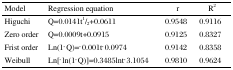
<table><thead><tr><td><b>Model</b></td><td><b>Regression equation</b></td><td><b>r</b></td><td><b>R<sup>2</sup></b></td></tr></thead><tbody><tr><td>Higuchi</td><td>Q=0.0141t1⁄2+0.0611</td><td>0.9548</td><td>0.9116</td></tr><tr><td>Zero order</td><td>Q=0.0009t+0.0915</td><td>0.9125</td><td>0.8327</td></tr><tr><td>Frist order</td><td>Ln(1-Q)=-0.001t-0.0974</td><td>0.9142</td><td>0.8358</td></tr><tr><td>Weibull</td><td>Ln[-ln(1-Q)]=0.3485lnt-3.1054</td><td>0.9810</td><td>0.9624</td></tr></tbody></table>